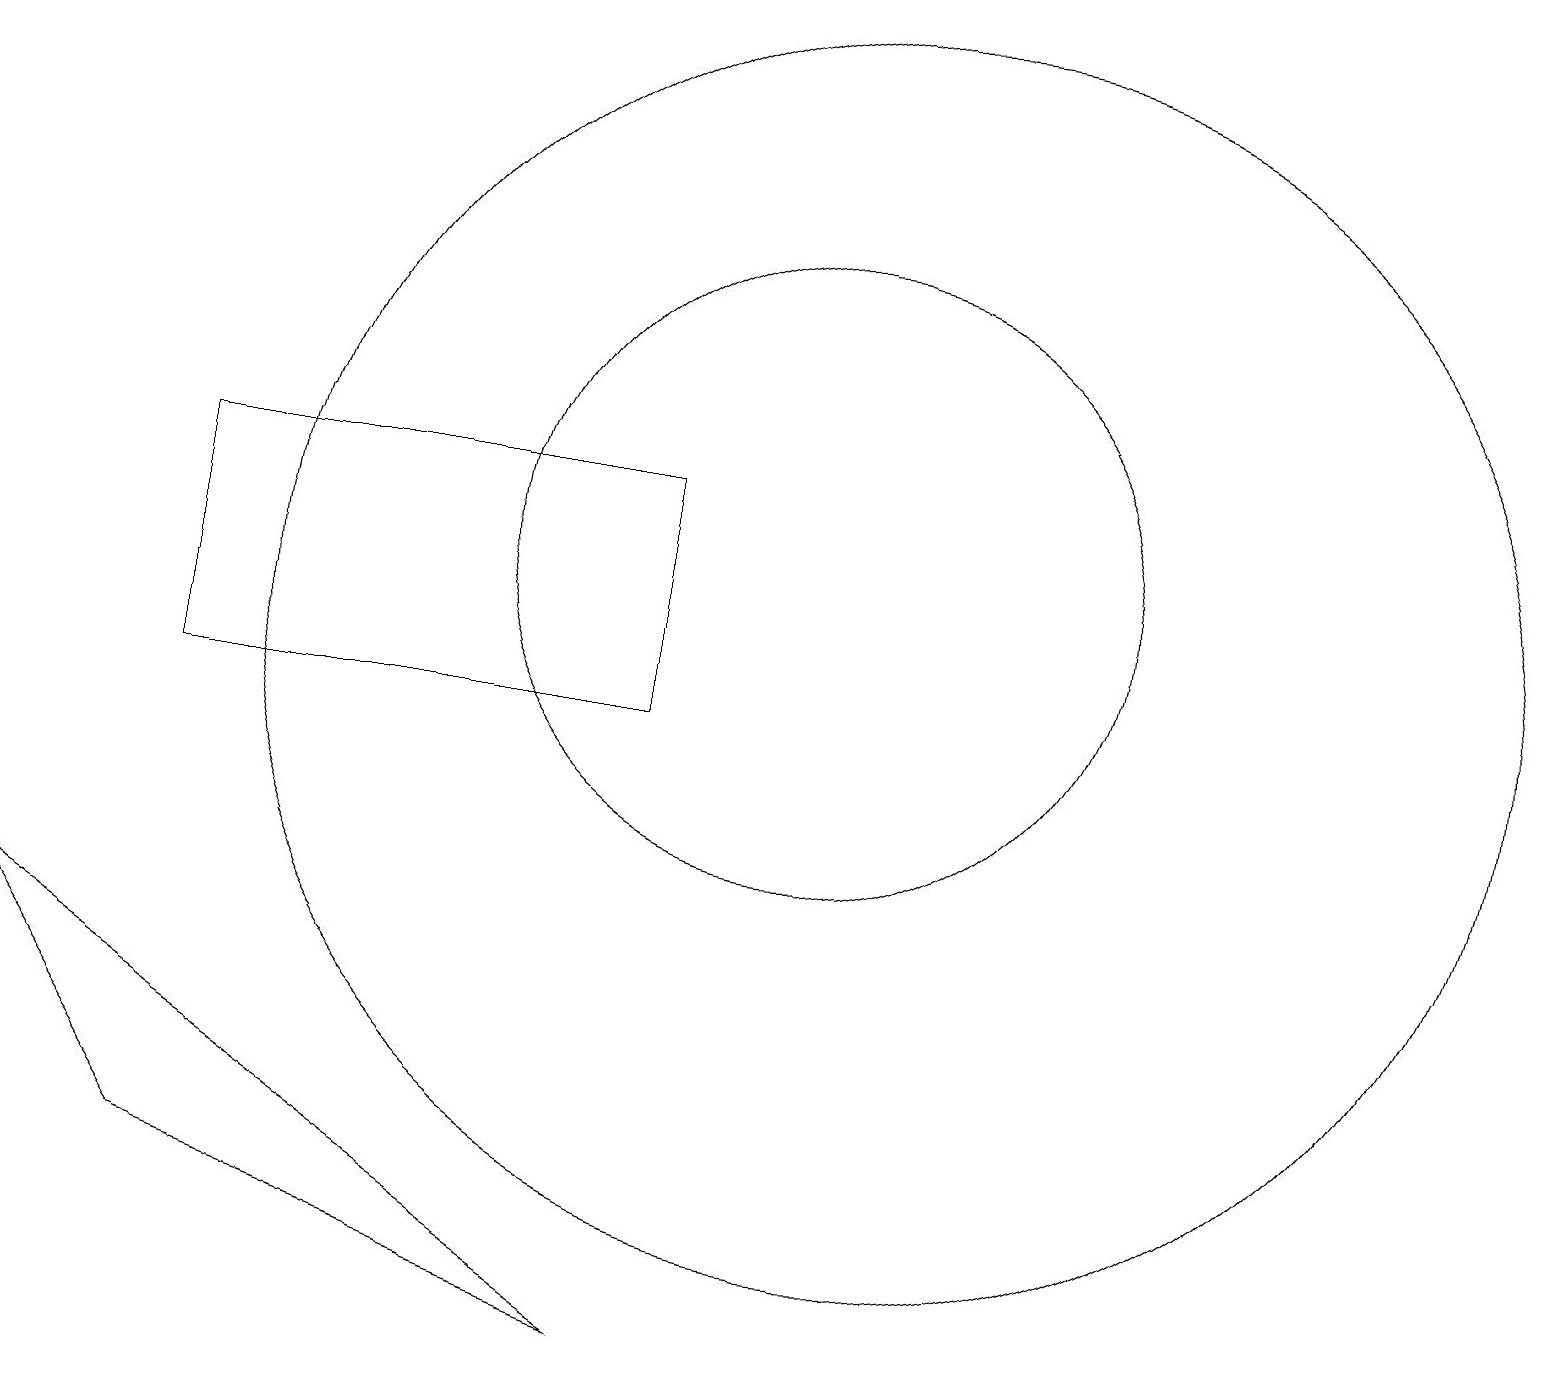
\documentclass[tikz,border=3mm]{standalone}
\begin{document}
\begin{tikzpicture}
\draw (11,12) circle (4);
\draw (9,10) rectangle (3,13);
\draw (9,2) -- (1,7) -- (3,4) -- cycle;
\draw (12,11) circle (8);
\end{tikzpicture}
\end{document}